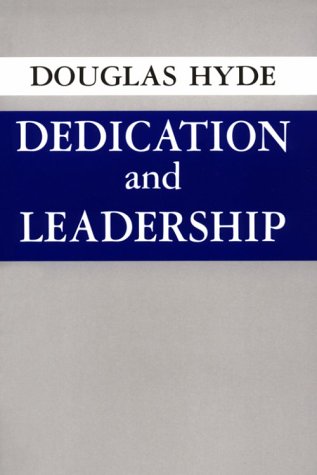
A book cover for Dedication And Leadership; Douglas Hyde; Christian Books & Bibles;